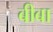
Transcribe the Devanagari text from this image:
बीबा